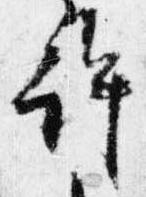
許